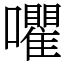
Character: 㘗